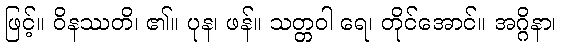
ဖြင့်။ ဝိနဿတိ၊ ၏။ ပုန၊ ဖန်။ သတ္တဝါ ရေ၊ တိုင်အောင်။ အဂ္ဂိနာ၊